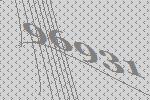
96931